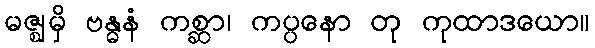
မဇ္ဈမှိ ဗန္ဓနံ ကစ္ဆာ၊ ကပ္ပနော တု ကုထာဒယော။